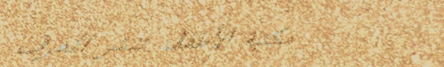
مكتبة الأطفال تنشر المعرف